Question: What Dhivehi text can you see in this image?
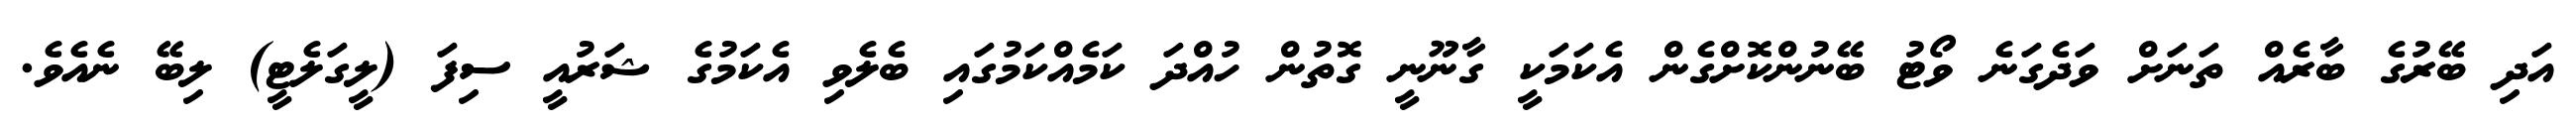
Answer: އަދި ބޭރުގެ ބާރެއް ތަނަށް ވަދެގަނެ ވޯޓު ބޭނުންކޮށްގެން އެކަމަކީ ގާނޫނީ ގޮތުން ހުއްދަ ކަމެއްކަމުގައި ބެލެވި އެކަމުގެ ޝަރުއީ ސިފަ (ލީގަލެޓީ) ލިބޭ ނެއެވެ.